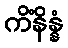
ကိံနိန္နံ